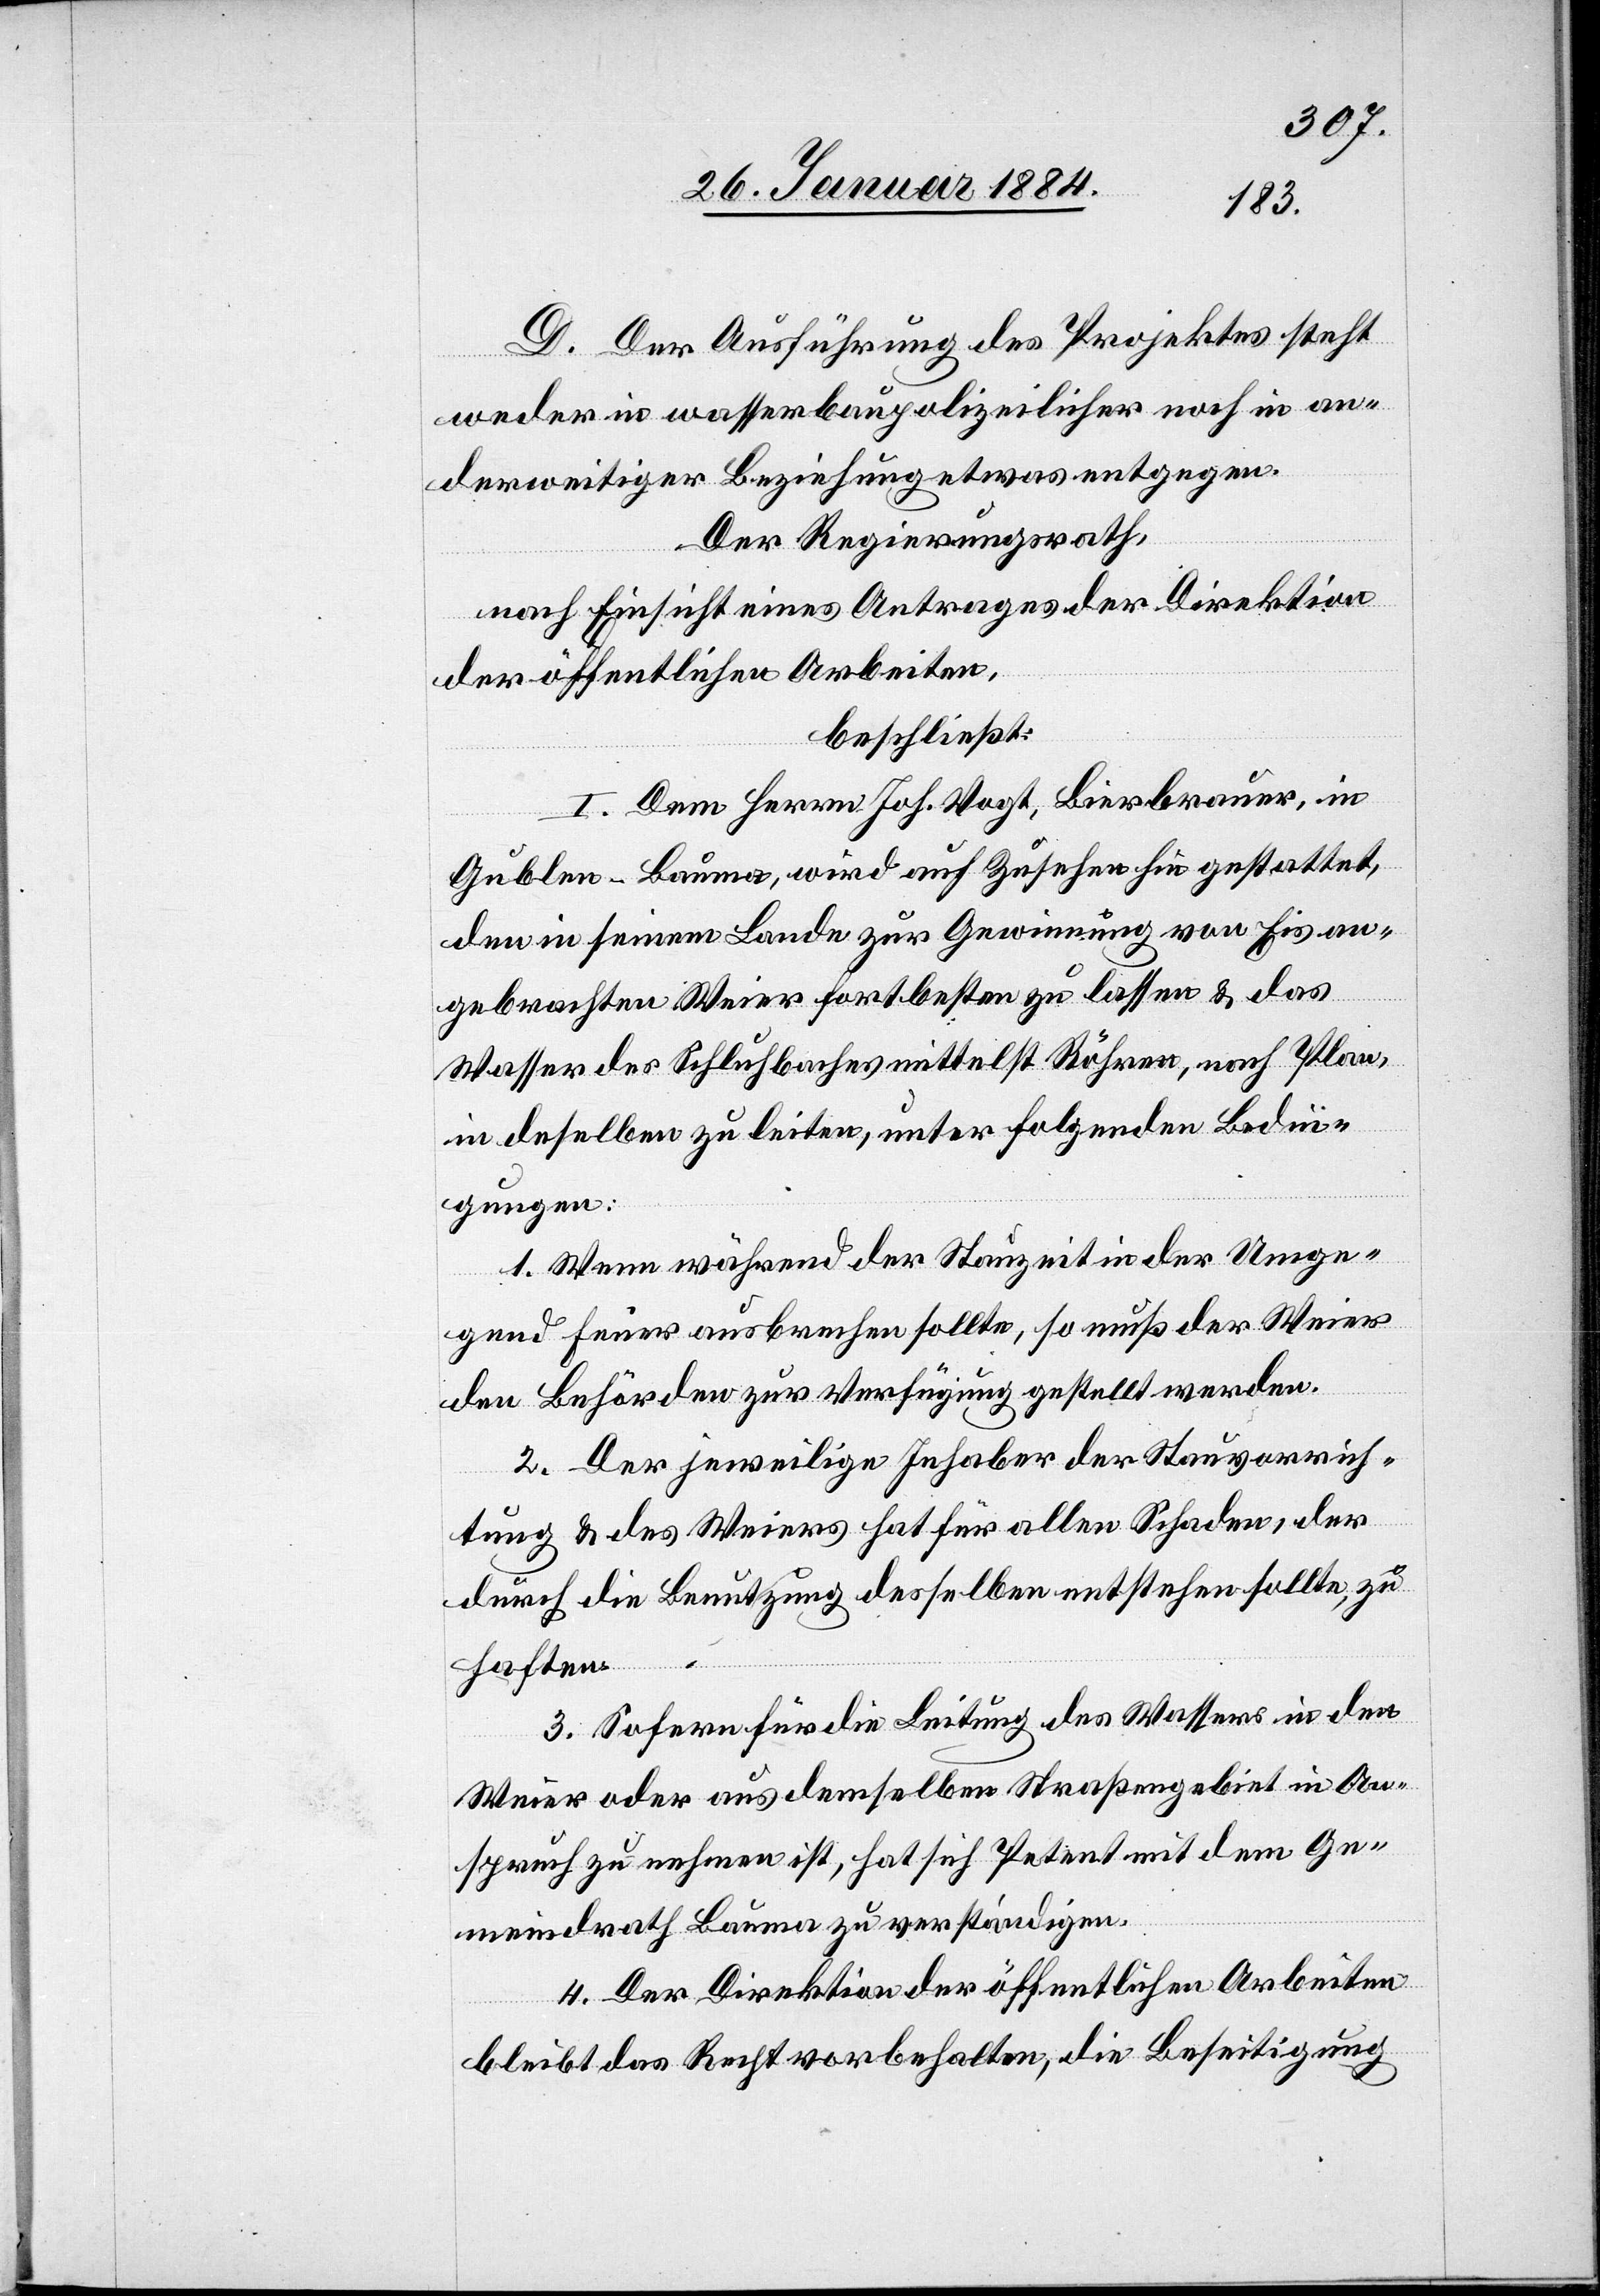
D. Der Ausführung des Projektes steht
weder in wasserbaupolizeilicher noch in an¬
derweitiger Beziehung etwas entgegen.
Der Regierungsrath,
nach Einsicht eines Antrages der Direktion
der öffentlichen Arbeiten,
beschließt:
I. Dem Herrn Joh. Vogt, Bierbrauer, in
Gublen - Bauma, wird auf Zusehen hin gestattet,
den in seinem Lande zur Gewinnung von Eis an¬
gebrachten Weier fortbestehen zu lassen & das
Wasser des Schluhbaches mittelst Röhren, nach Plan,
in de[n]selben zu leiten, unter folgenden Bedin¬
gungen:
1. Wenn während der Stauzeit in der Umge¬
gend Feuer ausbrechen sollte, so muß der Weier
den Behörden zur Verfügung gestellt werden.
2. Der jeweilige Inhaber der Stauvorrich¬
tung & des Weiers hat für allen Schaden, der
durch die Benutzung desselben entstehen sollte, zu
haften.
3. Sofern für die Leitung des Wassers in den
Weier oder aus demselben Straßengebiet in An¬
spruch zu nehmen ist, hat sich Petent mit dem Ge¬
meindrath Bauma zu verständigen.
4. Der Direktion der öffentlichen Arbeiten
bleibt das Recht vorbehalten, die Beseitigung